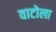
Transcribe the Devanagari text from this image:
वाटोला